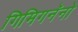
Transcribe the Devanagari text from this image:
गिमिगनॅनो